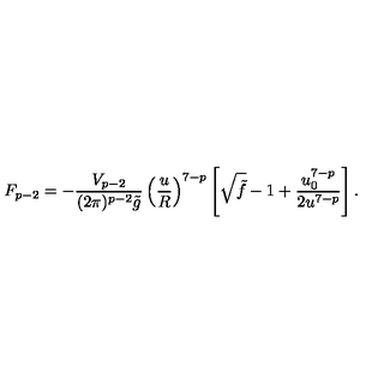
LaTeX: F _ { p - 2 } = - \frac { V _ { p - 2 } } { ( 2 \pi ) ^ { p - 2 } \tilde { g } } \left( \frac { u } { R } \right) ^ { 7 - p } \left[ \sqrt { \tilde { f } } - 1 + \frac { u _ { 0 } ^ { 7 - p } } { 2 u ^ { 7 - p } } \right] .